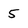
Character: 5